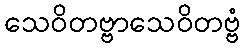
သေဝိတဗ္ဗာသေဝိတဗ္ဗံ